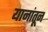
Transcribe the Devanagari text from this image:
यानांतून